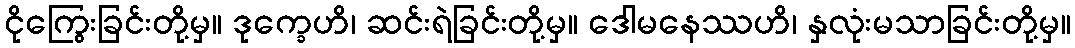
ငိုကြွေးခြင်းတို့မှ။ ဒုက္ခေဟိ၊ ဆင်းရဲခြင်းတို့မှ။ ဒေါမနေဿဟိ၊ နှလုံးမသာခြင်းတို့မှ။